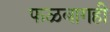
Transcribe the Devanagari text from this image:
फळबागही